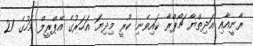
ރާނީއާއި އަދިތްޔާ ޗޯޕްރާ ކައިވެނި ކުރީ މިދިޔަ އަހަރުގެ އޭޕްރީލް މަހުގެ 21